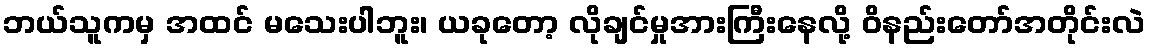
ဘယ်သူကမှ အထင် မသေးပါဘူး၊ ယခုတော့ လိုချင်မှုအားကြီးနေလို့ ဝိနည်းတော်အတိုင်းလဲ